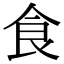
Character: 食